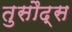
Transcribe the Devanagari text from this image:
तुसौद्स